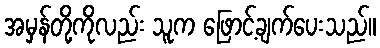
အမှန်တို့ကိုလည်း သူက ဖြောင့်ချက်ပေးသည်။